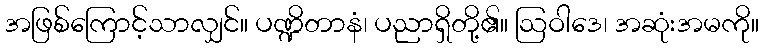
အဖြစ်ကြောင့်သာလျှင်။ ပဏ္ဍိတာနံ၊ ပညာရှိတို့၏။ ဩဝါဒေ၊ အဆုံးအမကို။